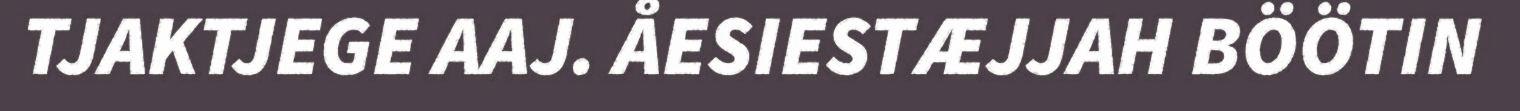
TJAKTJEGE AAJ. ÅESIESTÆJJAH BÖÖTIN